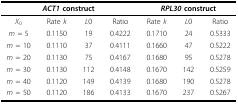
<table><thead><tr><td colspan="4"><b><i>ACT1 </i>construct</b></td><td colspan="3"><b><i>RPL30 </i>construct</b></td></tr></thead><tbody><tr><td><i>X</i><sub>0</sub></td><td>Rate <i>k</i></td><td><i>L</i>0</td><td>Ratio</td><td>Rate <i>k</i></td><td><i>L</i>0</td><td>Ratio</td></tr><tr><td><i>m </i>= 5</td><td>0.1150</td><td>19</td><td>0.4222</td><td>0.1710</td><td>24</td><td>0.5333</td></tr><tr><td><i>m </i>= 10</td><td>0.1110</td><td>37</td><td>0.4111</td><td>0.1660</td><td>47</td><td>0.5222</td></tr><tr><td><i>m </i>= 20</td><td>0.1130</td><td>75</td><td>0.4167</td><td>0.1680</td><td>95</td><td>0.5278</td></tr><tr><td><i>m </i>= 30</td><td>0.1130</td><td>112</td><td>0.4148</td><td>0.1670</td><td>142</td><td>0.5259</td></tr><tr><td><i>m </i>= 40</td><td>0.1120</td><td>149</td><td>0.4139</td><td>0.1680</td><td>190</td><td>0.5278</td></tr><tr><td><i>m </i>= 50</td><td>0.1120</td><td>186</td><td>0.4133</td><td>0.1670</td><td>237</td><td>0.5267</td></tr></tbody></table>